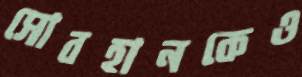
সোবহানকেও